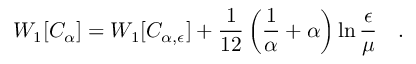
W _ { 1 } [ C _ { \alpha } ] = W _ { 1 } [ C _ { \alpha , \epsilon } ] + { \frac { 1 } { 1 2 } } \left( { \frac { 1 } { \alpha } } + \alpha \right) \ln { \frac { \epsilon } { \mu } } ~ ~ ~ .